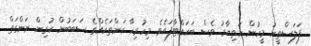
ފަލަސްތީނު މީހުން ހަތިޔާރު ވެސް ބަހައްޓާފައެވެ. މިހުރިހާ ކަންތަކެއްގެ ސަބަބުން ކުރިން ނަންގަތް